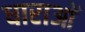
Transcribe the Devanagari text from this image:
धाराआें